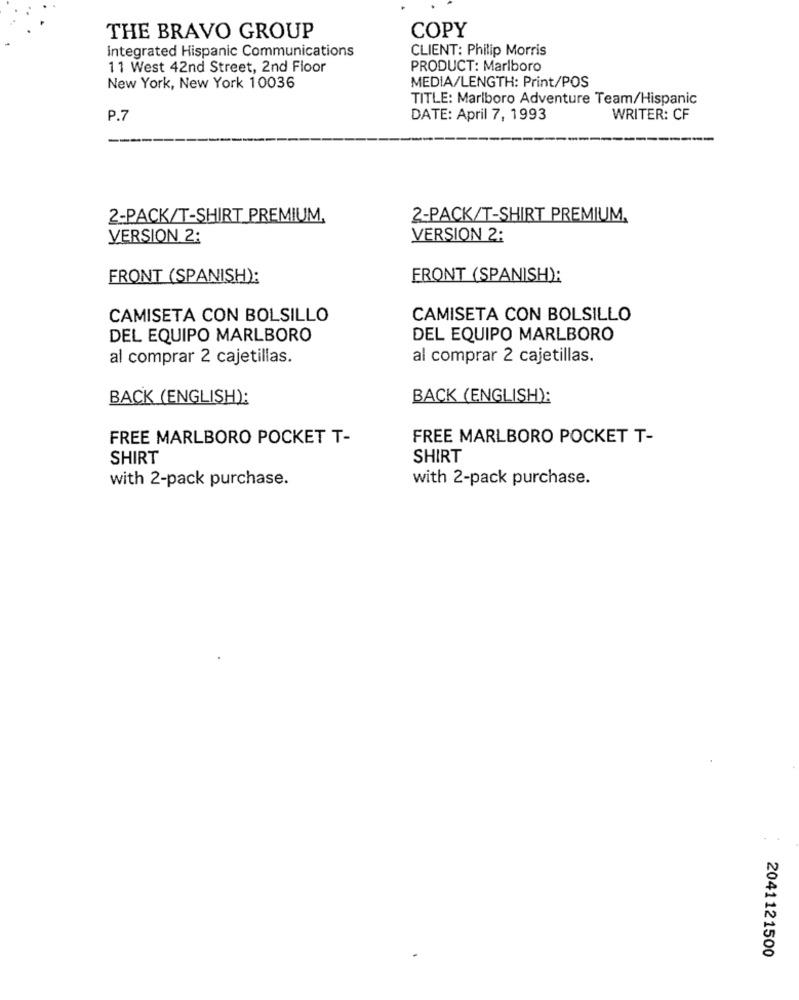
THE BRAVO GROUP
COPY
Integrated Hispanic Communications
CLIENT: Philip Morris
11 West 42nd Street, 2nd Floor
PRODUCT: Marlboro
MEDIA/LENGTH: Print/POS
New York, New York 10036
TITLE: Marlboro Adventure Team/Hispanic
P.7
DATE: April 7, 1993
WRITER: CF
2-PACK/T-SHIRT PREMIUM,
2-PACK/T-SHIRT PREMIUM,
VERSION 2:
VERSION 2:
FRONT (SPANISH):
FRONT (SPANISH):
CAMISETA CON BOLSILLO
CAMISETA CON BOLSILLO
DEL EQUIPO MARLBORO
DEL EQUIPO MARLBORO
al comprar 2 cajetillas.
al comprar 2 cajetillas.
BACK (ENGLISH):
BACK (ENGLISH):
FREE MARLBORO POCKET T-
FREE MARLBORO POCKET T-
SHIRT
SHIRT
with 2-pack purchase.
with 2-pack purchase.
2041121500